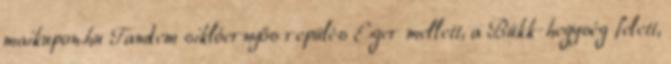
maikupon.hu Tandem siklóernyős repülés Eger mellett, a Bükk-hegység felett,